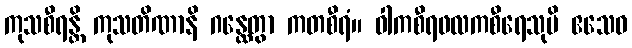
ကုသစီရန္တိ ကုသတိဏာနိ ဂန္ထေတွာ ကတစီရံ။ ဝါကစီရဖလကစီရေသုပိ ဧသေဝ